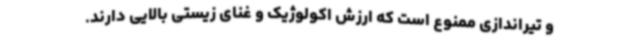
و تیراندازی ممنوع است که ارزش اکولوژیک و غنای زیستی بالایی دارند.